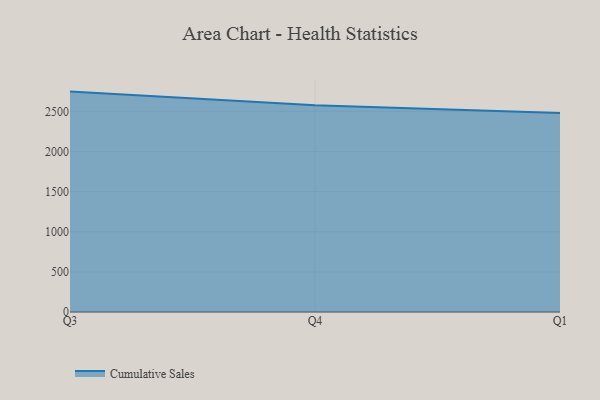
{"axis": {"x": "Quarter", "y": "Production Output"}, "legend": ["Cumulative Sales"], "data": [{"x": "Q3", "y": 2746.1, "type": "Cumulative Sales"}, {"x": "Q4", "y": 2575.6, "type": "Cumulative Sales"}, {"x": "Q1", "y": 2478.2, "type": "Cumulative Sales"}]}